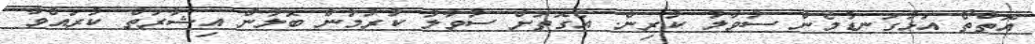
އޮތްތޯ އަޅުގަނޑުމެން ސުވާލު ކުރިން. އެގޮތަށް ސުވާލު ކުރުމުން ބޮލުން އިޝާރަތް ކުރައްވާ